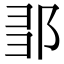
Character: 𨛃